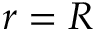
r = R